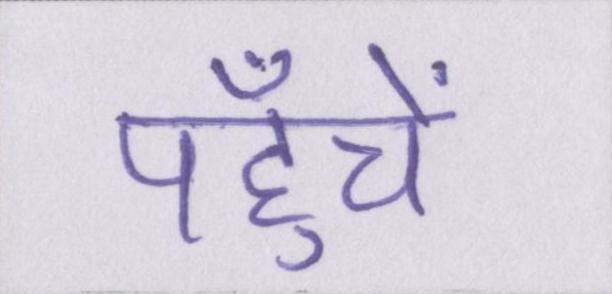
पहुँचें